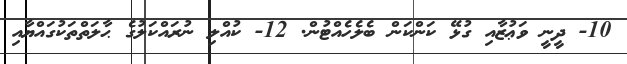
10- ދީނީ ވަޢުޒާއި ގުޅޭ ކަންކަން ބެލެހެއްޓުން. 12- ކުއްލި ނުރައްކަލުގެ ޙާލަތްތަކުގައްޔާއި